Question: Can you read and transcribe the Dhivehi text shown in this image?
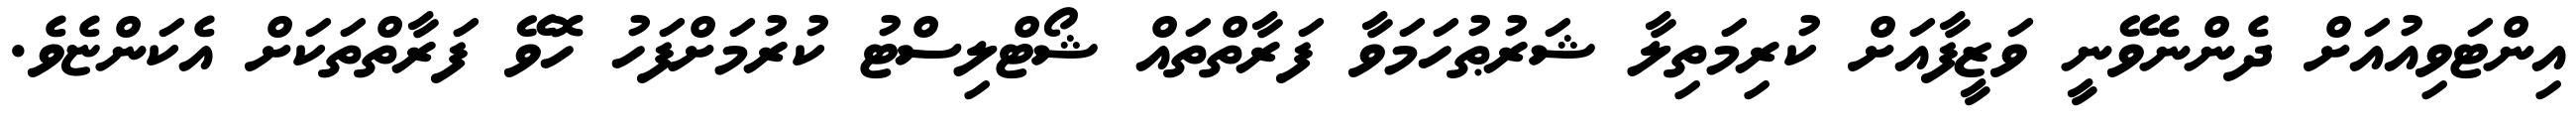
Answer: އިންޓަވިއުއަށް ދެންނެވޭނީ ވަޒީފާއަށް ކުރިމަތިލާ ޝަރުޠުހަމަވާ ފަރާތްތައް ޝޯޓްލިސްޓު ކުރުމަށްފަހު ހޮވޭ ފަރާތްތަކަށް އެކަންޏެވެ.